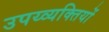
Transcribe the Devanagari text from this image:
उपय्व्यक्तियों